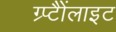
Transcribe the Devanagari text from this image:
ग्र्प्टैैोंलाइट